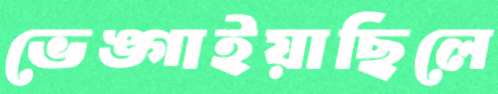
ভেঙ্গাইয়াছিলে